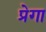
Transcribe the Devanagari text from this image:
प्रेगा